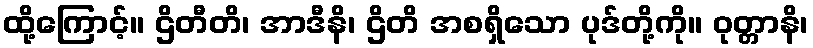
ထို့ကြောင့်။ ဌိတီတိ၊ အာဒီနိ၊ ဌိတိ အစရှိသော ပုဒ်တို့ကို။ ဝုတ္တာနိ၊